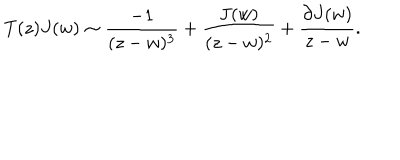
T ( z ) J ( w ) \sim \frac { - 1 } { ( z - w ) ^ { 3 } } + \frac { J ( w ) } { ( z - w ) ^ { 2 } } + \frac { \partial J ( w ) } { z - w } .